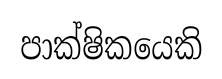
පාක්ෂිකයෙකි